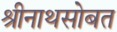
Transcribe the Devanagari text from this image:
श्रीनाथसोबत